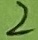
Text: 2